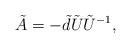
LaTeX: \begin{align*}\tilde{A} = - \tilde{d}\tilde{U} {\tilde{U}}^{-1},\end{align*}